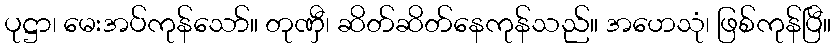
ပုဋ္ဌာ၊ မေးအပ်ကုန်သော်။ တုဏှီ၊ ဆိတ်ဆိတ်နေကုန်သည်။ အဟေသုံ၊ ဖြစ်ကုန်ပြီ။